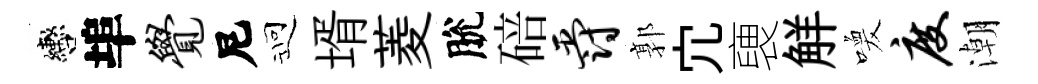
轡埠觉尼迎壻菱脫碚爵郭宂褏觧喚度潮